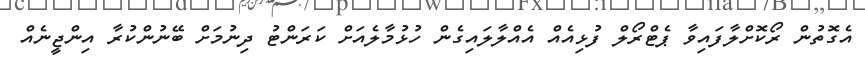
އެގޮތުން ރޯކޮށްލާފައިވާ ޕެޓްރޯލް ފުޅިއެއް އެއްލާލައިގެން ހުޅުމާލެއަށް ކަރަންޓު ދިނުމަށް ބޭނުންކުރާ އިންޖީނެއް